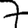
Digit: 7